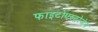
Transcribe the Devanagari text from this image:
फाइटोएस्ट्रोजेन